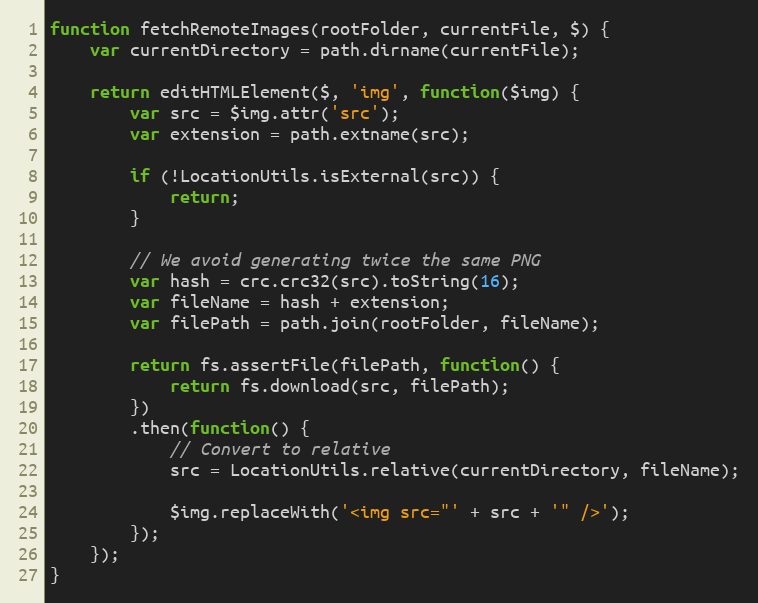
Language: JavaScript
function fetchRemoteImages(rootFolder, currentFile, $) {
    var currentDirectory = path.dirname(currentFile);

    return editHTMLElement($, 'img', function($img) {
        var src = $img.attr('src');
        var extension = path.extname(src);

        if (!LocationUtils.isExternal(src)) {
            return;
        }

        // We avoid generating twice the same PNG
        var hash = crc.crc32(src).toString(16);
        var fileName = hash + extension;
        var filePath = path.join(rootFolder, fileName);

        return fs.assertFile(filePath, function() {
            return fs.download(src, filePath);
        })
        .then(function() {
            // Convert to relative
            src = LocationUtils.relative(currentDirectory, fileName);

            $img.replaceWith('<img src="' + src + '" />');
        });
    });
}